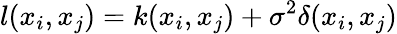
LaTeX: l(x_{i},x_{j})=k(x_{i},x_{j})+\sigma^{2}\delta(x_{i},x_{j})